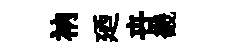
衲廼卋畿